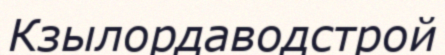
Кзылордаводстрой